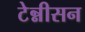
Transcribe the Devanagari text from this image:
टेन्नीसन